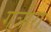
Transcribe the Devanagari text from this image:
गञीरा